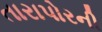
તારાપોરની